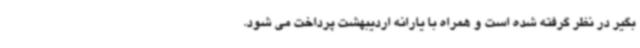
بگیر در نظر گرفته شده است و همراه با یارانه اردیبهشت پرداخت می شود.